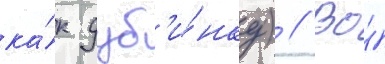
ка́к дуб'и́нку) // Во́